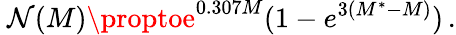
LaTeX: \ \mathcal{N}(M)\proptoe^{0.307M}(1-e^{3(M^{*}-M)})\, .